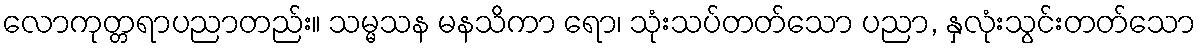
လောကုတ္တရာပညာတည်း။ သမ္မသန မနသိကာ ရော၊ သုံးသပ်တတ်သော ပညာ, နှလုံးသွင်းတတ်သော